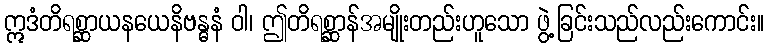
ဣဒံတိရစ္ဆာယနယေနိဗန္ဓနံ ဝါ၊ ဤတိရစ္ဆာန်အမျိုးတည်းဟူသော ဖွဲ့ခြင်းသည်လည်းကောင်း။